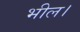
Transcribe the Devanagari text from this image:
भील।